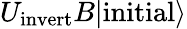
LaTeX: U_{\mathrm{invert}}B|\mathrm{initial}\rangle